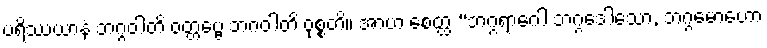
ပရိဿယာနံ ဘဂ္ဂဝါတိ ဝတ္တဗ္ဗေ ဘဂဝါတိ ဝုစ္စတိ။ အာဟ စေတ္ထ “ဘဂ္ဂရာဂေါ ဘဂ္ဂဒေါသော, ဘဂ္ဂမောဟော